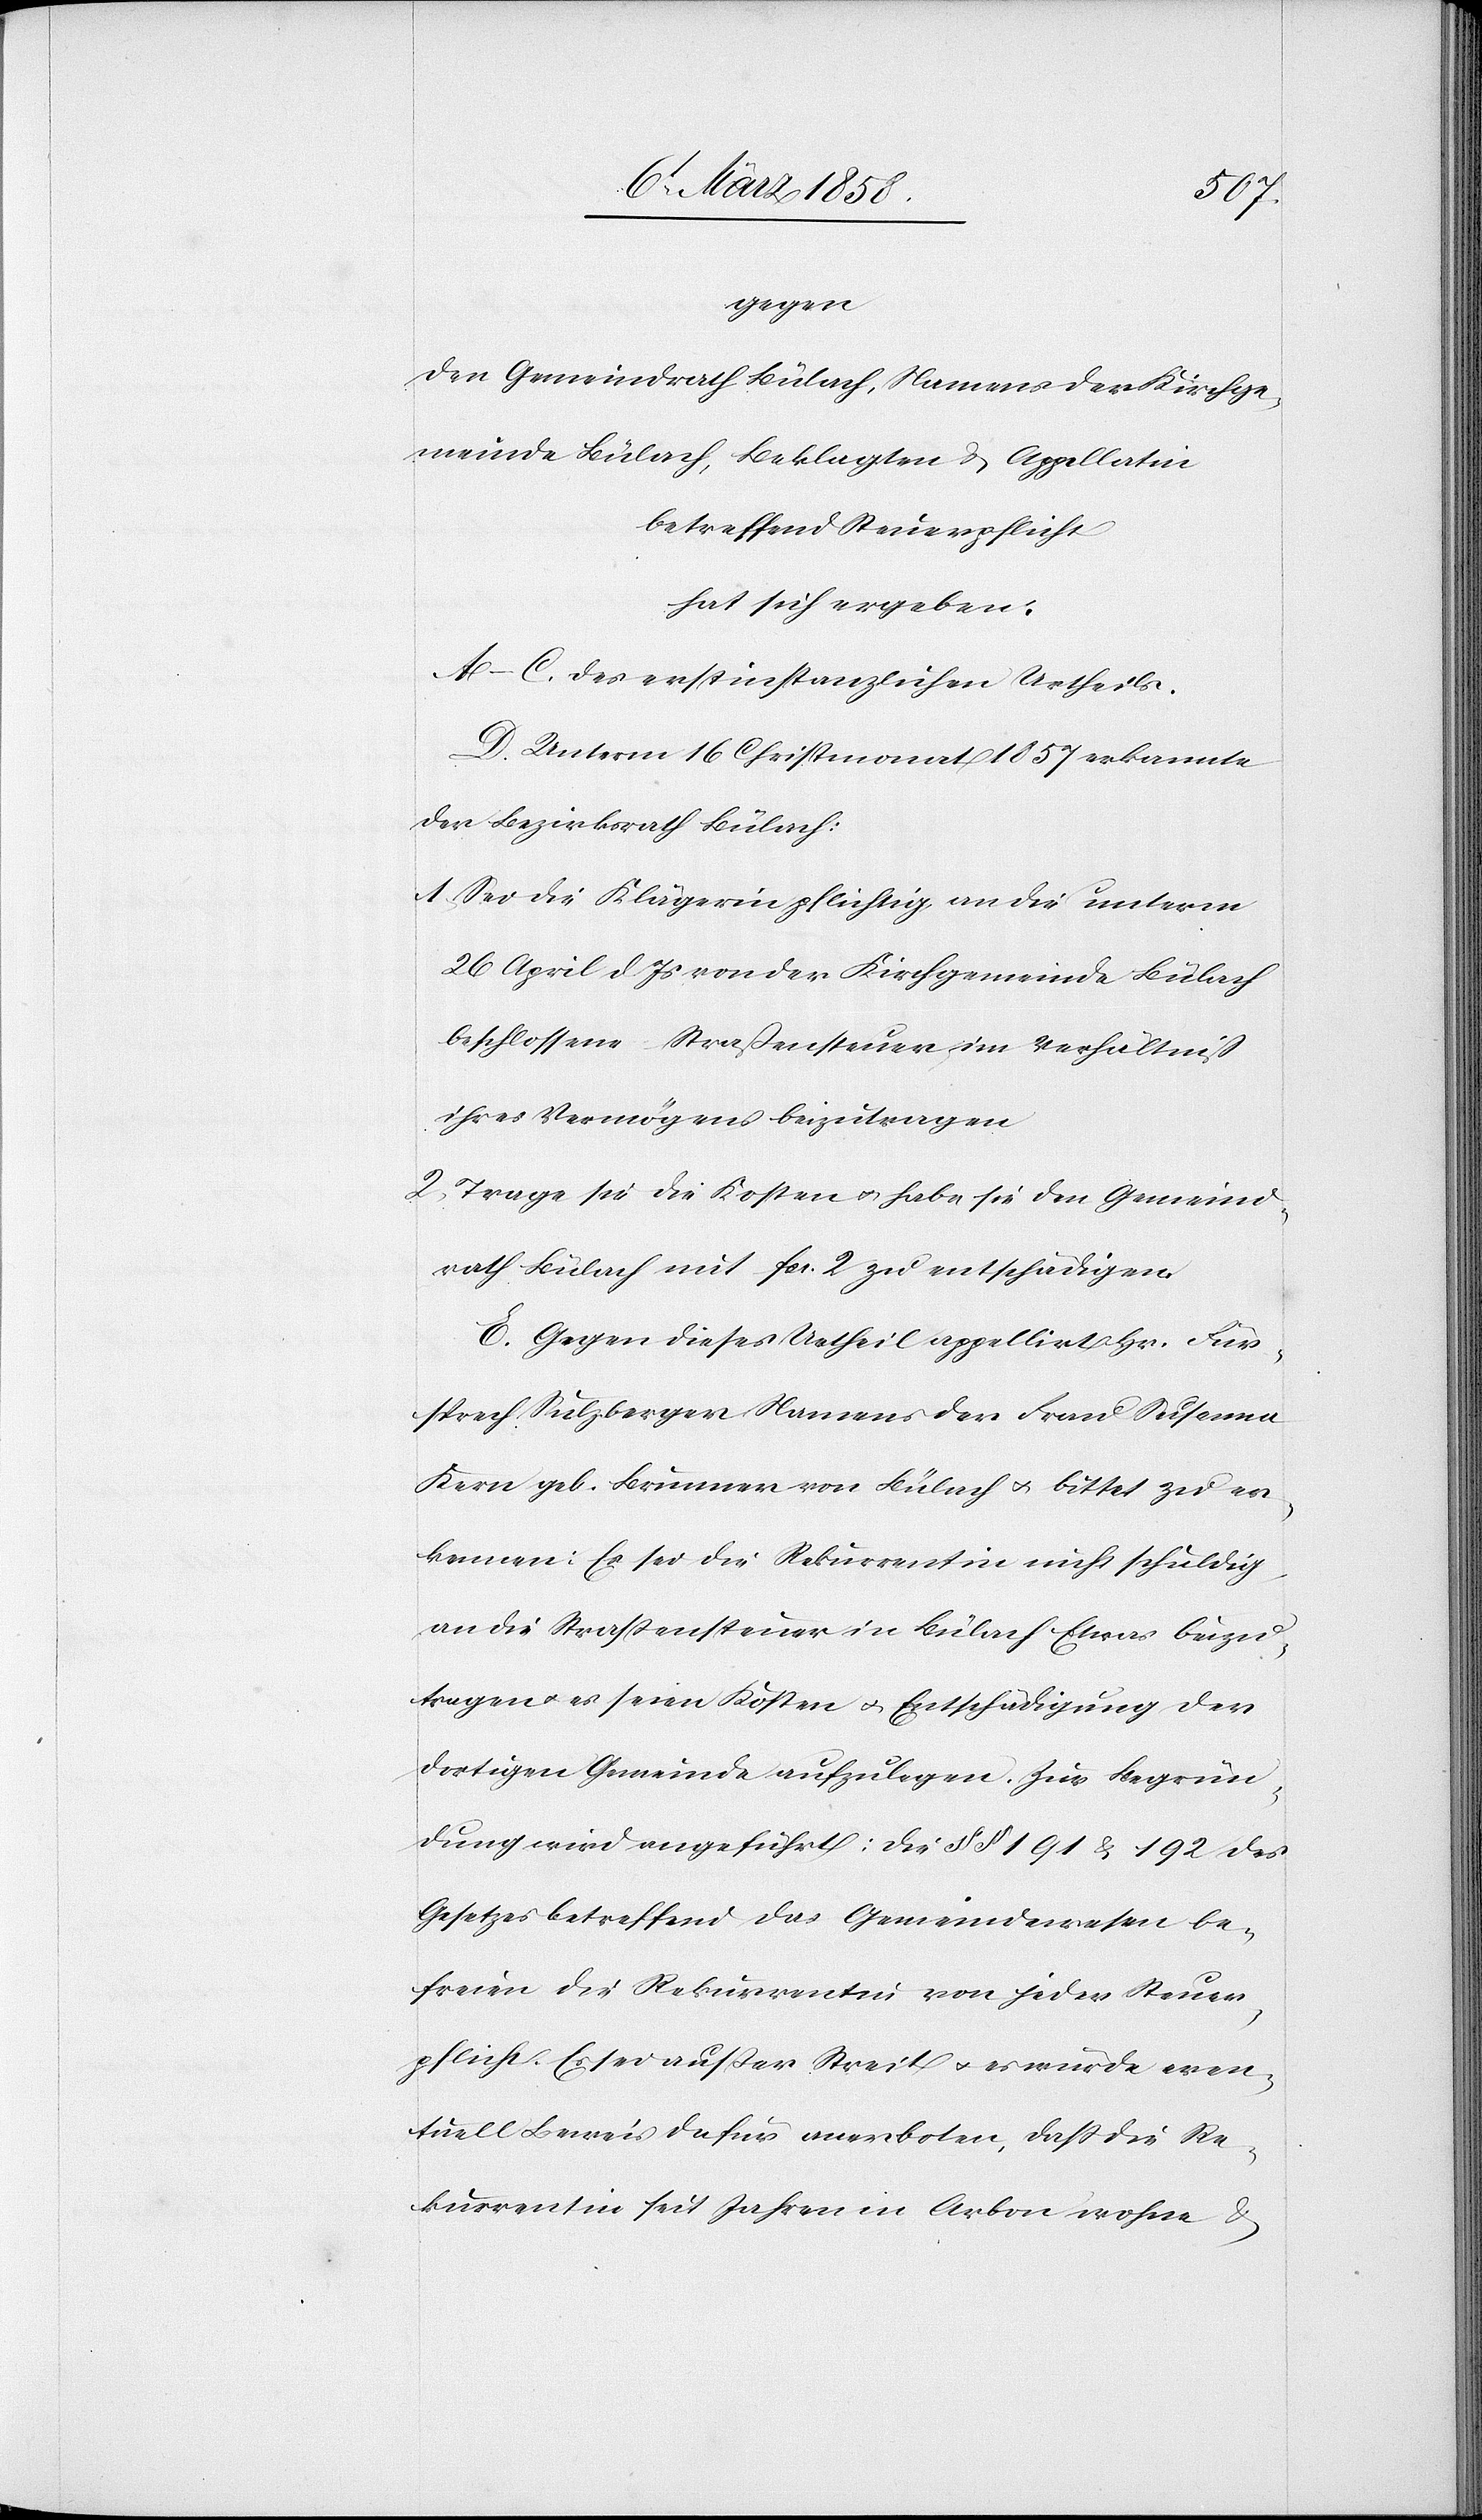
gegen
den Gemeindrath Bülach, Namens der Kirchge¬
meinde Bülach, Beklagten u. Appellatin
betreffend Steuerpflicht
hat sich ergeben:
A–C. des erstinstanzlichen Urtheils.
D: Unterm 16. Christmonat 1857 erkannte
der Bezirksrath Bülach:
1. Sei die Klägerin pflichtig an die unterm
26. April d. Js. von der Kirchgemeinde Bülach
beschlossene Straßensteuer im Verhältniss
ihres Vermögens beizutragen.
2. Trage sie die Kosten u. habe sie den Gemeind¬
rath Bülach mit fcs. 2 zu entschädigen.
E. Gegen dieses Urheil appellirt Hr. Für¬
sprech Sulzberger Namens der Frau Susanna
Kern geb. Brunner von Bülach u. bittet zu er¬
kennen: Es sei die Rekurrentin nicht schuldig,
an die Straßensteuer in Bülach Etwas beizu¬
tragen u. es seien Kosten u. Entschädigung der
dortigen Gemeinde aufzulegen. Zur Begrün¬
dung wird angeführt: Die §§ 191 u. 192 des
Gesetzes betreffend das Gemeindewesen be¬
freien die Rekurrentin von jeder Steuer¬
pflicht. Es sei außer Streit u. es wurde even¬
tuell Beweis dafür anerboten, daß die Re¬
kurrentin seit Jahren in Arbon wohne u.